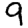
Digit: 9